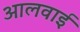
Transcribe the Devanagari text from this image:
आलवाई